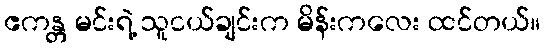
ဧကန္တ မင်းရဲ့ သူငယ်ချင်းက မိန်းကလေး ထင်တယ်။